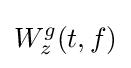
W_{z}^{g}(t,f)